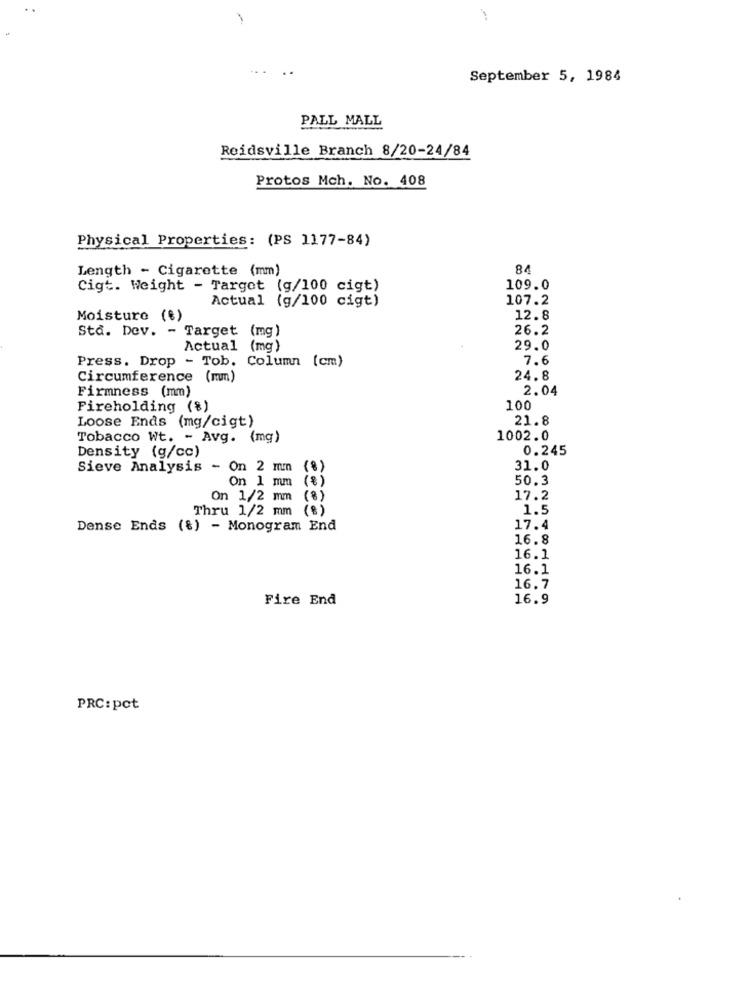
1
September 5, 1984
PALL MALL
Reidsville Branch 8/20-24/84
Protos Mch. No. 408
Physical Properties: (PS 1177-84)
Length - Cigarette (mm)
84
Cigt. Weight - Target (g/100 cigt)
109.0
Actual (g/100 cigt)
107.2
Moisture (€)
12.8
Std. Dev. - Target (mg)
26.2
Actual (mg)
29.0
Press. Drop - Tob. Column (cm)
7.6
Circumference (mm)
24.8
Firmness (mm)
2.04
Pireholding (8)
100
21.8
Loose Ends (mg/cigt)
Tobacco Wt. - Avg. (mg)
1002.0
0.245
Density (g/cc)
Sieve Analysis - On 2 mm (%)
31.0
On 1 mm (%)
50.3
On 1/2 mm (8)
17.2
Thru 1/2 mm (%)
1.5
Dense Ends (%) - Monogram End
17.4
16.8
16.1
16.1
16.7
Fire End
16.9
PRC:pct